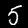
Label: 5